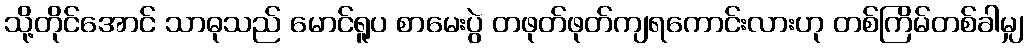
သို့တိုင်အောင် သာဓုသည် မောင်ရူပ စာမေးပွဲ တဖုတ်ဖုတ်ကျရကောင်းလားဟု တစ်ကြိမ်တစ်ခါမျှ